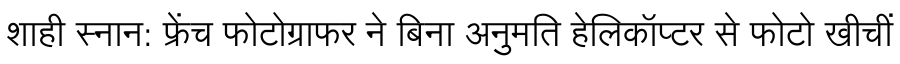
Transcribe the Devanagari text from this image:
शाही स्नान: फ्रेंच फोटोग्राफर ने बिना अनुमति हेलिकॉप्टर से फोटो खीचीं